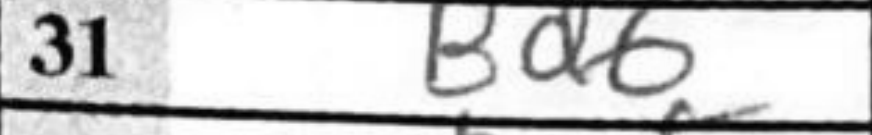
Transcription: Bd6